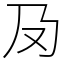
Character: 夃